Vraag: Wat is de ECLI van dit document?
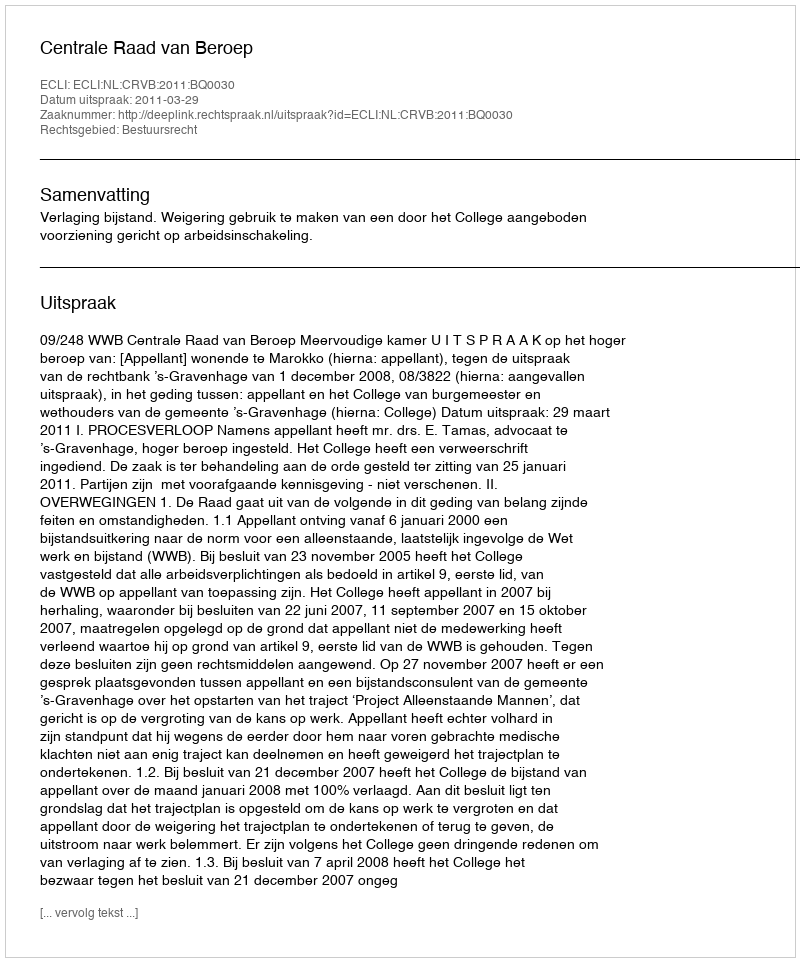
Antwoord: ECLI:NL:CRVB:2011:BQ0030